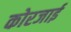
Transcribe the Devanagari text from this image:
कोरजाई